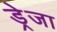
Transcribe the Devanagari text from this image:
ड्रेजा